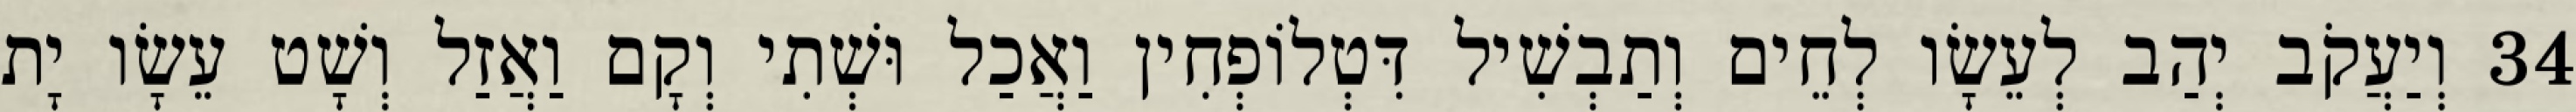
34 וְיַעֲקֹב יְהַב לְעֵשָׂו לְחֵים וְתַבְשִׁיל דִּטְלוֹפְחִין וַאֲכַל וּשְׁתִי וְקָם וַאֲזַל וְשָׁט עֵשָׂו יָת